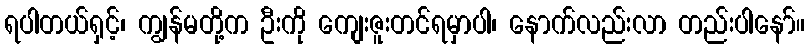
ရပါတယ်ရှင့်၊ ကျွန်မတို့က ဦးကို ကျေးဇူးတင်ရမှာပါ၊ နောက်လည်းလာ တည်းပါနော်။